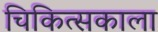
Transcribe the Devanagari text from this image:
चिकित्सकाला